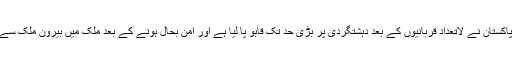
صدر مملکت نے کہا کہ پاکستان نے لاتعداد قربانیوں کے بعد دہشتگردی پر بڑی حد تک قابو پا لیا ہے اور امن بحال ہونے کے بعد ملک میں بیرون ملک سے سرمایہ کاری بڑھی ہے۔